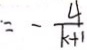
= - \frac { 4 } { k + 1 }